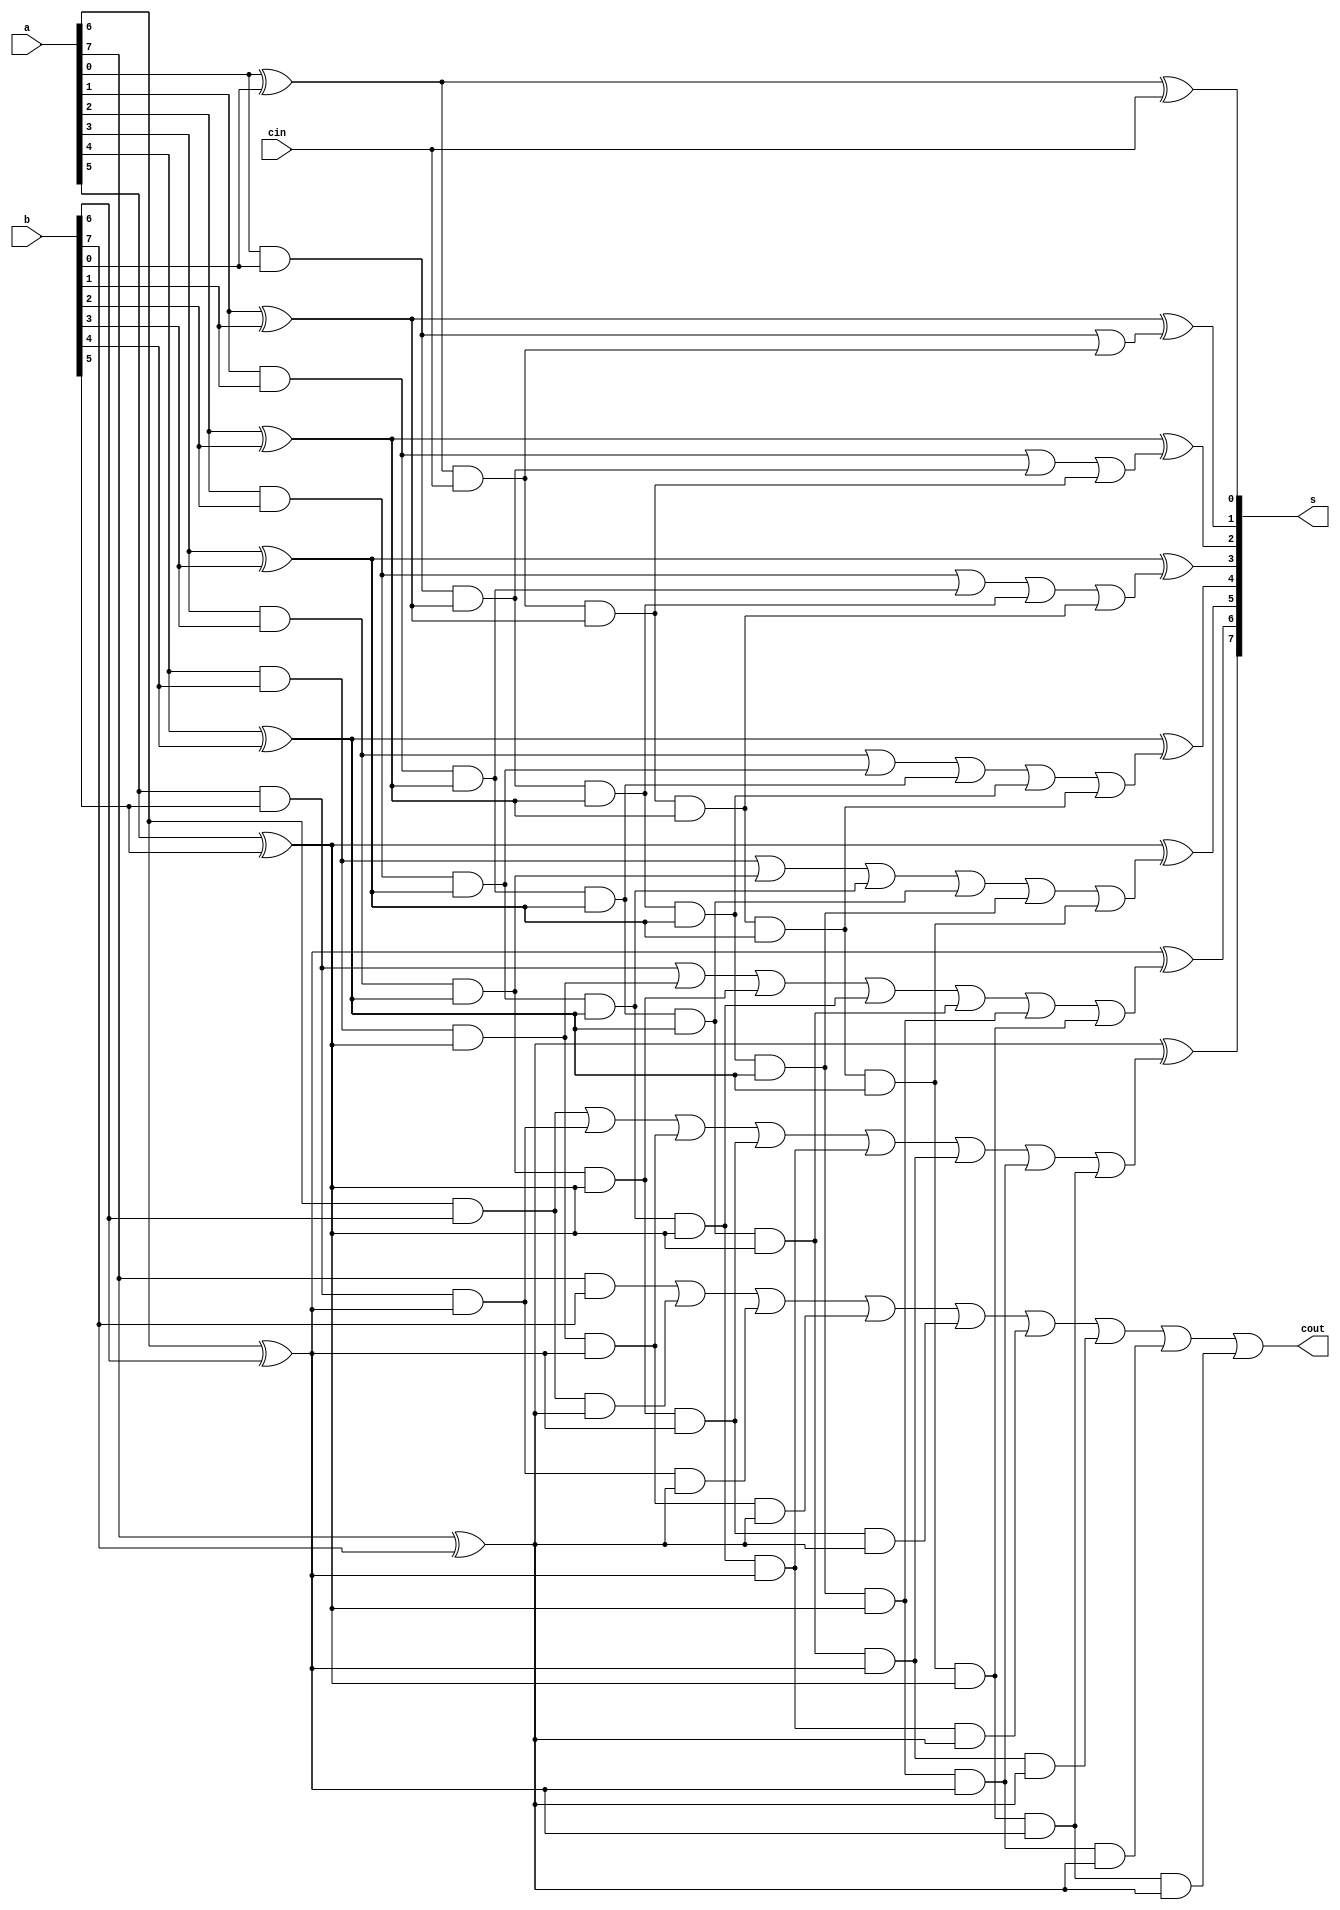
module cla_8bit(input [7:0]a,b,input cin,output [7:0]s,output cout);
wire [7:0]g,p;
wire [7:1]c;
assign g[0]=a[0]&b[0];
assign g[1]=a[1]&b[1];
assign g[2]=a[2]&b[2];
assign g[3]=a[3]&b[3];
assign g[4]=a[4]&b[4];
assign g[5]=a[5]&b[5];
assign g[6]=a[6]&b[6];
assign g[7]=a[7]&b[7];
assign p[0]=a[0]^b[0];
assign p[1]=a[1]^b[1];
assign p[2]=a[2]^b[2];
assign p[3]=a[3]^b[3];
assign p[4]=a[4]^b[4];
assign p[5]=a[5]^b[5];
assign p[6]=a[6]^b[6];
assign p[7]=a[7]^b[7];
assign s[0]=p[0]^cin;
assign s[1]=p[1]^c[1];
assign s[2]=p[2]^c[2];
assign s[3]=p[3]^c[3];
assign s[4]=p[4]^c[4];
assign s[5]=p[5]^c[5];
assign s[6]=p[6]^c[6];
assign s[7]=p[7]^c[7];
assign c[1]=g[0]|(p[0]&cin);
assign c[2]=g[1]|(g[0]&p[1])|(cin&p[0]&p[1]);
assign c[3]=g[2]|(g[1]&p[2])|(g[0]&p[1]&p[2])|(cin&p[0]&p[1]&p[2]);
assign c[4]=g[3]|(g[2]&p[3])|(g[1]&p[2]&p[3])|(g[0]&p[1]&p[2]&p[3])|(cin&p[0]&p[1]&p[2]&p[3]);
assign c[5]=g[4]|(g[3]&p[4])|(g[2]&p[3]&p[4])|(g[1]&p[2]&p[3]&p[4])|(g[0]&p[1]&p[2]&p[3]&p[4])|(cin&p[0]&p[1]&p[2]&p[3]&p[4]);
assign c[6]=g[5]|(g[4]&p[5])|(g[3]&p[4]&p[5])|(g[2]&p[3]&p[4]&p[5])|(g[1]&p[2]&p[3]&p[4]&p[5])|(g[0]&p[1]&p[2]&p[3]&p[4]&p[5])|(cin&p[0]&p[1]&p[2]&p[3]&p[4]&p[5]);
assign c[7]=g[6]|(g[5]&p[6])|(g[4]&p[5]&p[6])|(g[3]&p[4]&p[5]&p[6])|(g[2]&p[3]&p[4]&p[5]&p[6])|(g[1]&p[2]&p[3]&p[4]&p[5]&p[6])|(g[0]&p[1]&p[2]&p[3]&p[4]&p[5]&p[6])|(cin&p[0]&p[1]&p[2]&p[3]&p[4]&p[5]&p[6]);
assign cout=g[7]|(g[6]&p[7])|(g[5]&p[6]&p[7])|(g[4]&p[5]&p[6]&p[7])|(g[3]&p[4]&p[5]&p[6]&p[7])|(g[2]&p[3]&p[4]&p[5]&p[6]&p[7])|(g[1]&p[2]&p[3]&p[4]&p[5]&p[6]&p[7])|(g[0]&p[1]&p[2]&p[3]&p[4]&p[5]&p[6]&p[7])|(cin&p[0]&p[1]&p[2]&p[3]&p[4]&p[5]&p[6]&p[7]);
endmodule